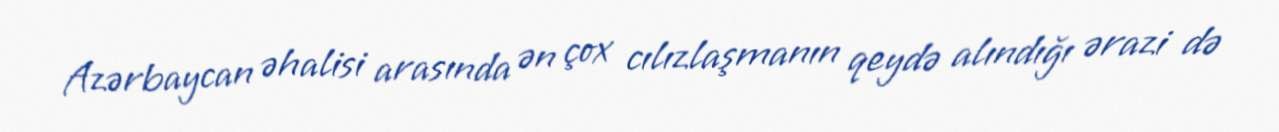
Azərbaycan əhalisi arasında ən çox cılızlaşmanın qeydə alındığı ərazi də